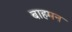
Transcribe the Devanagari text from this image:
बाहमन